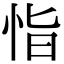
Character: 恉